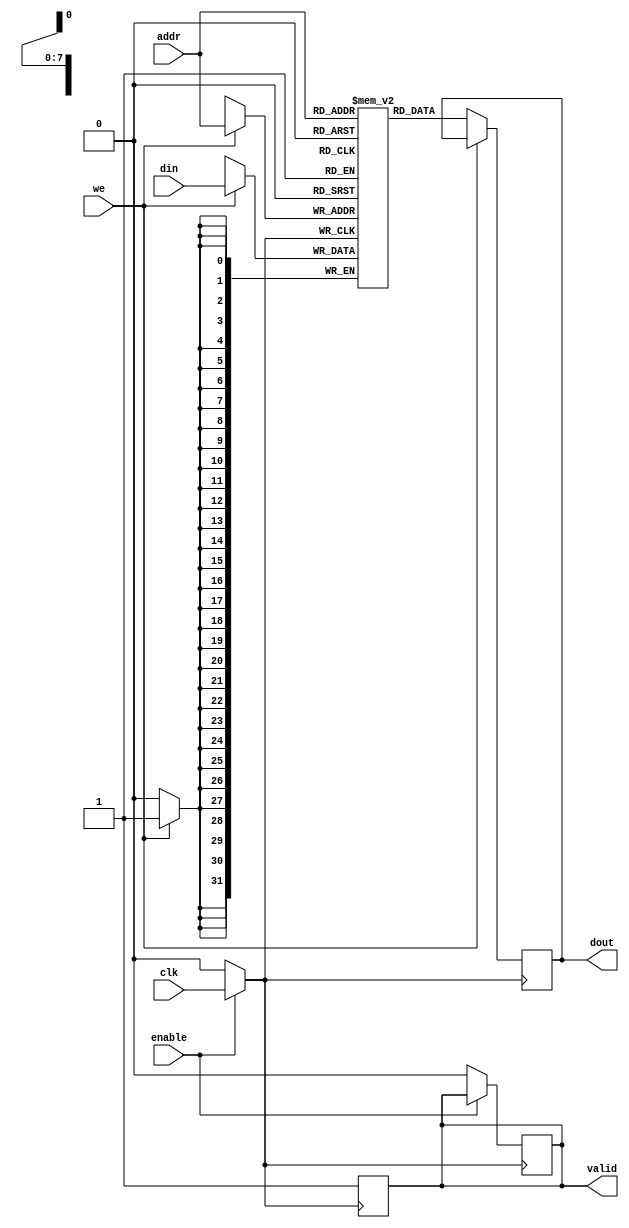
module memory_block #(
    parameter ADDR_WIDTH = 8, // Width of the address
    parameter DATA_WIDTH = 32, // Width of the data
    parameter MEMORY_DEPTH = 256 // Number of memory locations
)(
    input wire clk,                     // System clock
    input wire enable,                  // Enable signal for memory block
    input wire we,                      // Write enable
    input wire [ADDR_WIDTH-1:0] addr,  // Address bus
    input wire [DATA_WIDTH-1:0] din,    // Data input
    output reg [DATA_WIDTH-1:0] dout,   // Data output
    output reg valid                    // Valid output signal
);

    // Memory array declaration
    reg [DATA_WIDTH-1:0] mem [0:MEMORY_DEPTH-1];

    // Clock gating signal
    wire gated_clk;
    wire clock_gating;

    // Clock Gating Logic
    assign clock_gating = enable; // Enable clock gating based on the enable signal
    assign gated_clk = clock_gating ? clk : 1'b0; // Gated clock output

    always @(posedge gated_clk) begin
        if (we) begin
            // Write operation
            mem[addr] <= din;
            valid <= 1'b1; // Indicate valid operation
        end else begin
            // Read operation
            dout <= mem[addr];
            valid <= 1'b1; // Indicate valid operation
        end
    end

    // If the block is inactive, valid should be low
    always @(negedge gated_clk) begin
        if (!enable) begin
            valid <= 1'b0; // Clear valid output when not active
        end
    end

endmodule